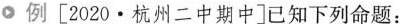
o例[2020·杭州二中期中]已知下列命题：